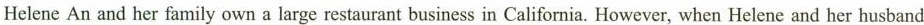
Helene An and her family own a large restaurant business in California. However, when Helene and her husband